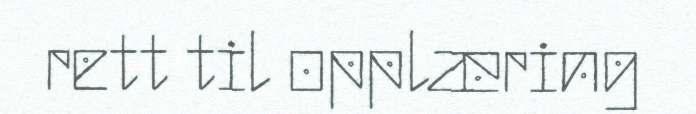
rett til opplæring